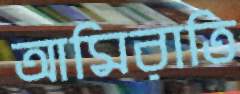
আমিরাতি